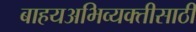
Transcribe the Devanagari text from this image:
बाहयअभिव्यक्‍तीसाठी